Seli_vallavalitsus_Parnumaal, lk 24
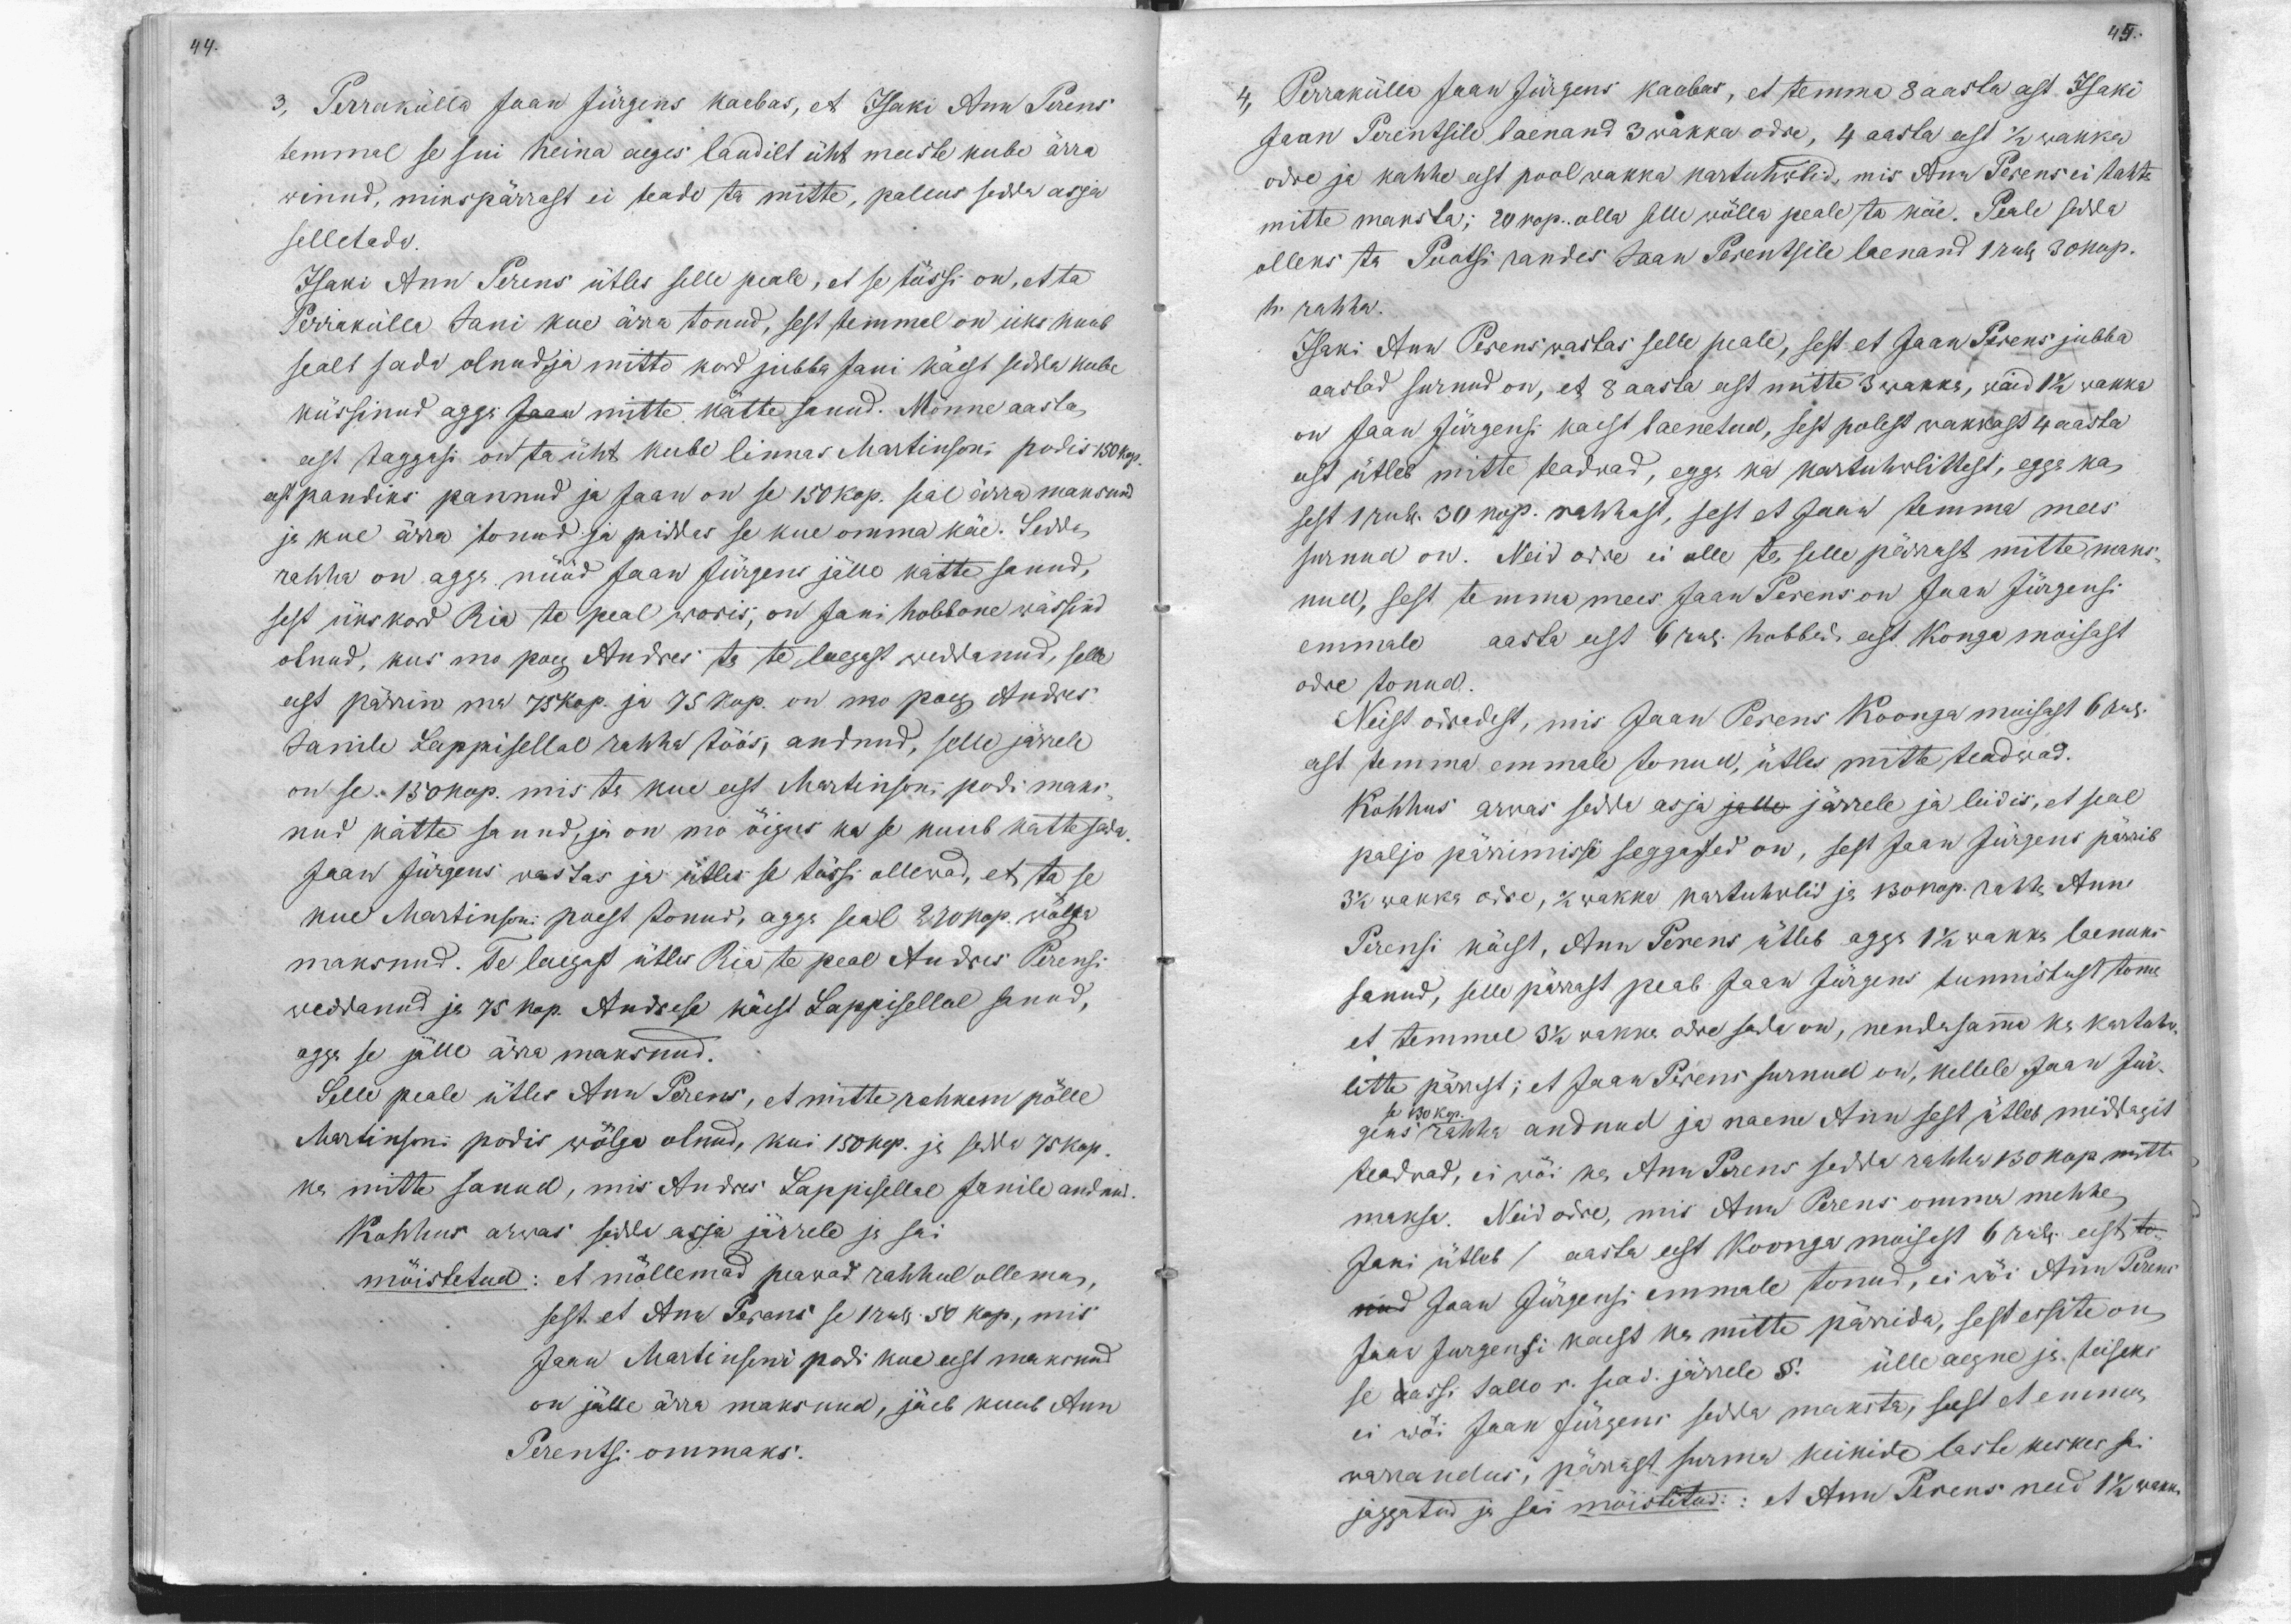
44.

45.

3, Perrakülla Jaan Jürgens kaebas, et Isaki Ann Perens
temmal se sui heina aeges laudilt üht meeste kube ärra
winud, misspärrast ei teada ta mitte, pallus sedda asja
selletada.
Isaki Ann Perens ütles selle peale, et se tössi on, et ta
Perrakülla Jani kue ärra tonud, sest temmel on üks kuub
sealt sada olnud ja mitto kord jubba Jani käest sedda kube
küssinud agga Jaan mitte kätte sanud. Mönne aasta
eest taggasi on ta üht kube linnas Martinsoni podis 150 kop.
eest pandiks pannud ja Jaan on se 150 kop. seal ärra maksnud
ja kue ärra tonud ja piddas se kue omma käe. Sedda
rahha on agga nüüd Jaan Jürgens jälle katte sanud,
sest ükskord Ria te peal woris, on Jani hobbone wässind
olnud, kus mo poeg Andres ta te laegast weddanud, selle
eest pärrin ma 75 kop. ja 75 kop. on mo poeg Andres
Janile Lappisellal rahha töös, andnud, selle järrele
on se 150 kop. mis ta kue eest Martinson, podi maks-
nud kätte sanud, ja on mo õigus ka se kuub kätte sada
Jaan Jürgens wastas ja ütles se tössi ollewad, et ta se
kue Martinsoni poest tonud, agga seal 270 kop. wälja
maksnud. Te laegast ütles Ria te peal Andres Perensi
weddanud ja 75 kop. Andrese käest Lappisellal sanud,
agga se jälle ärra maksnud.
Selle peale ütles Ann Perens, et mitte rohkem pölle
Martinsoni podis wölgu olnud, kui 150 kop. ja sedda 75 Kop.
ka mitte sanud, mis Andres Lappisellal Janile andnud.
Kohhus arwas sedda asja järrele ja sai
möistetud: et möllemad peawad rahhul ollema,
sest et Ann Perens se 1 rub. 50 kop, mis
Jaan Martinsoni podi kue eest maksnud
on jälle ärra maksnud, jäeb kuub Ann
Perentsi ommaks.

4, Perrakülla Jaan Jürgens kaebas, et temma 8 aasta eest Isaki
Jaan Perentsile laenand 3 wakka odre, 4 aasta eest 1/2 wakka
odre ja kahhe eest pool wakka kartuhwlid, mis Ann Perens ei tahta
mitte maksta; 20 kop. olla selle wölla peale ta käe. Peale sedda
olleks ta Puatsi randes Jaan Perentsile laenand 1 rub. 30 kop.
h. rahha.
Isaki Ann Perens wastas selle peale, sest et Jaan Perens jubba
aastad surnud on, et 8 aasta eest mitte 3 wakka, waid 1 1/2 wakka
on Jaan Jürgensi kaest laenetud, sest polest wakkast 4 aasta
eest ütleb mitte teadwad, egga ka kartuhwlittest, egga ka
sest 1 rub. 30 kop. rahhast, sest et Jaan temma mees
surnud on. Neid odre ei olle ta selle pärrast mitte maks-
nud, sest temma mees Jaan Perens on Jaan Jürgensi
emmale aasta eest 6 rub. hobbeda eest Kongo moisast
odre tonud.
Neist odredest, mis Jaan Perens Koonga moisast 6 rub.
eest temma emmale tonud, ütles mitte teadwad.
Kohhus arwas sedda asja jalle järrele ja leidis, et seal
paljo pärrimisse seggased on, sest Jaan Jürgens pärrib
3 1/2 wakka odre, 1/2 wakka kartuhwlid ja 130 kop. rahha Ann
Perensi käest, Ann Perens ütleb agga 1 1/2 wakka laenuks
sanud, selle pärast peab Jaan Jürgens tunnistust toma
et temmel 3 1/2 wakka odre sada on, nendasamma ka kartuhw-
litte pärrast; et Jaan Perens surnud on, kellele Jaan Jür-
gens rahha andnud ja naene Ann sest ütleb middagit
se 130 kop.
teadwad, ei wöi ka Ann Perens sedda rahha 130 kop mitte
maksa. Neid odre, mis Ann Perens omma mehhe
Jani ütleb / aasta eest Koonga moisest 6 rub. eest to-
nud Jaan Jürgensi emmale tonud, ei wöi Ann Perens
ei wöi Jaan Jürgens sedda maksta, sest et emma
se aassi Tallo r. sead. järrele § ülle aegne ja teiseks
Jaak Jürgensi käest ka mitte pärrida, sest essite on
warrandus, pärrast surma keikide laste keskes sai
jaggatud ja sai möistetud: et Ann Perens need 1 1/2 wakka